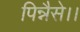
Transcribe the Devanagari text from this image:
पिन्नैसे।।